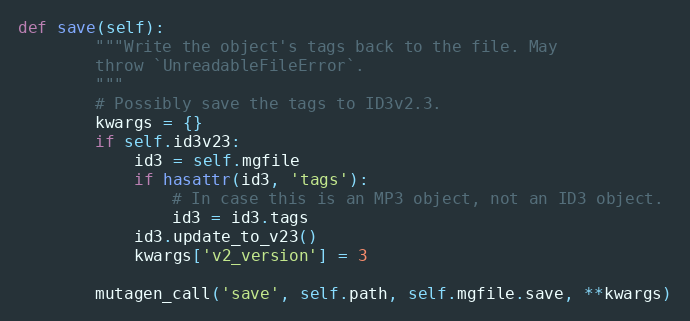
Language: Python
def save(self):
        """Write the object's tags back to the file. May
        throw `UnreadableFileError`.
        """
        # Possibly save the tags to ID3v2.3.
        kwargs = {}
        if self.id3v23:
            id3 = self.mgfile
            if hasattr(id3, 'tags'):
                # In case this is an MP3 object, not an ID3 object.
                id3 = id3.tags
            id3.update_to_v23()
            kwargs['v2_version'] = 3

        mutagen_call('save', self.path, self.mgfile.save, **kwargs)